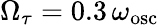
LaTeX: \Omega_{\tau}=0.3\, \omega_{\mathrm{osc}}